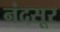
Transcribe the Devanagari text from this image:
नंदसूर